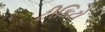
ટીકિટો